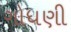
ગોધણી